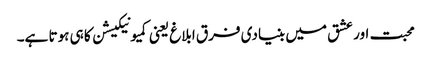
محبت اور عشق میں بنیادی فرق ابلاغ یعنی کمیونیکیشن کا ہی ہوتا ہے۔